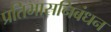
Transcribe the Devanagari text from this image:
प्रतिभासनिबंधन